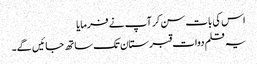
اس کی بات سن کر آپ نے فرمایا
یہ قلم دوات قبرستان تک ساتھ جائیں گے۔